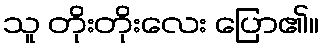
သူ တိုးတိုးလေး ပြော၏။